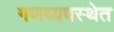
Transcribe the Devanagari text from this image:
गणव्यवस्थेत